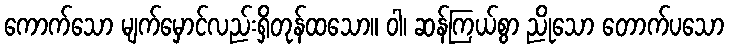
ကောက်သော မျက်မှောင်လည်းရှိတုန်ထသော။ ဝါ၊ ဆန်ကြယ်စွာ ညိုသော တောက်ပသော